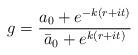
LaTeX: \begin{align*}g = {{a_0 +e^{-k(r+it)}}\over{\bar a_0 + e^{k(r+it)}}}\end{align*}